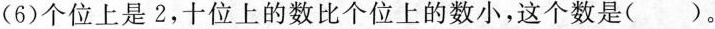
(6)个位上是2，十位上的数比个位上的数小，这个数是()。